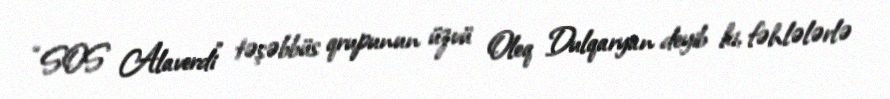
“SOS Alaverdi” təşəbbüs qrupunun üzvü Oleq Dulqaryan deyib ki, fəhlələrlə